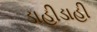
ડાહીડાહી